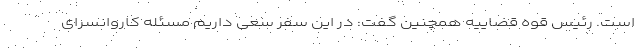
است. رئیس قوه قضاییه همچنین گفت: در این سفر سعی داریم مسئله کاروانسرای